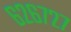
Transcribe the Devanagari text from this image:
६२६७२७